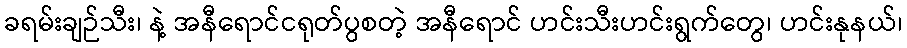
ခရမ်းချဉ်သီး၊ နဲ့ အနီရောင်ငရုတ်ပွစတဲ့ အနီရောင် ဟင်းသီးဟင်းရွက်တွေ၊ ဟင်းနုနယ်၊